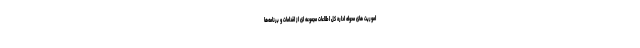
اموریت های محوله اداره کل اطلاعات مجموعه ای از اقدامات و برنامه‌ها